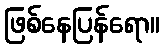
ဖြစ်နေပြန်ရော။